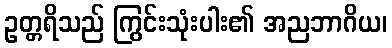
ဥတ္တရိသည် ကြွင်းသုံးပါး၏ အညဘာဂိယ၊